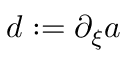
d : = \partial _ { \xi } a